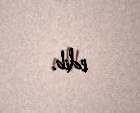
edib.